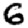
Digit: 6